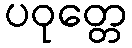
ပဝုတ္တေ